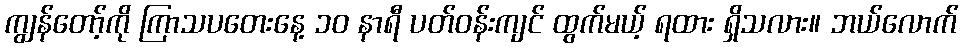
ကျွန်တော့်ကို ကြာသပတေးနေ့ ၁၀ နာရီ ပတ်ဝန်းကျင် ထွက်မယ့် ရထား ရှိသလား။ ဘယ်လောက်